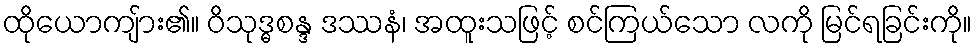
ထိုယောကျ်ား၏။ ဝိသုဒ္ဓစန္ဒ ဒဿနံ၊ အထူးသဖြင့် စင်ကြယ်သော လကို မြင်ရခြင်းကို။